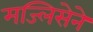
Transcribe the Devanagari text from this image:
मज्लिसेने